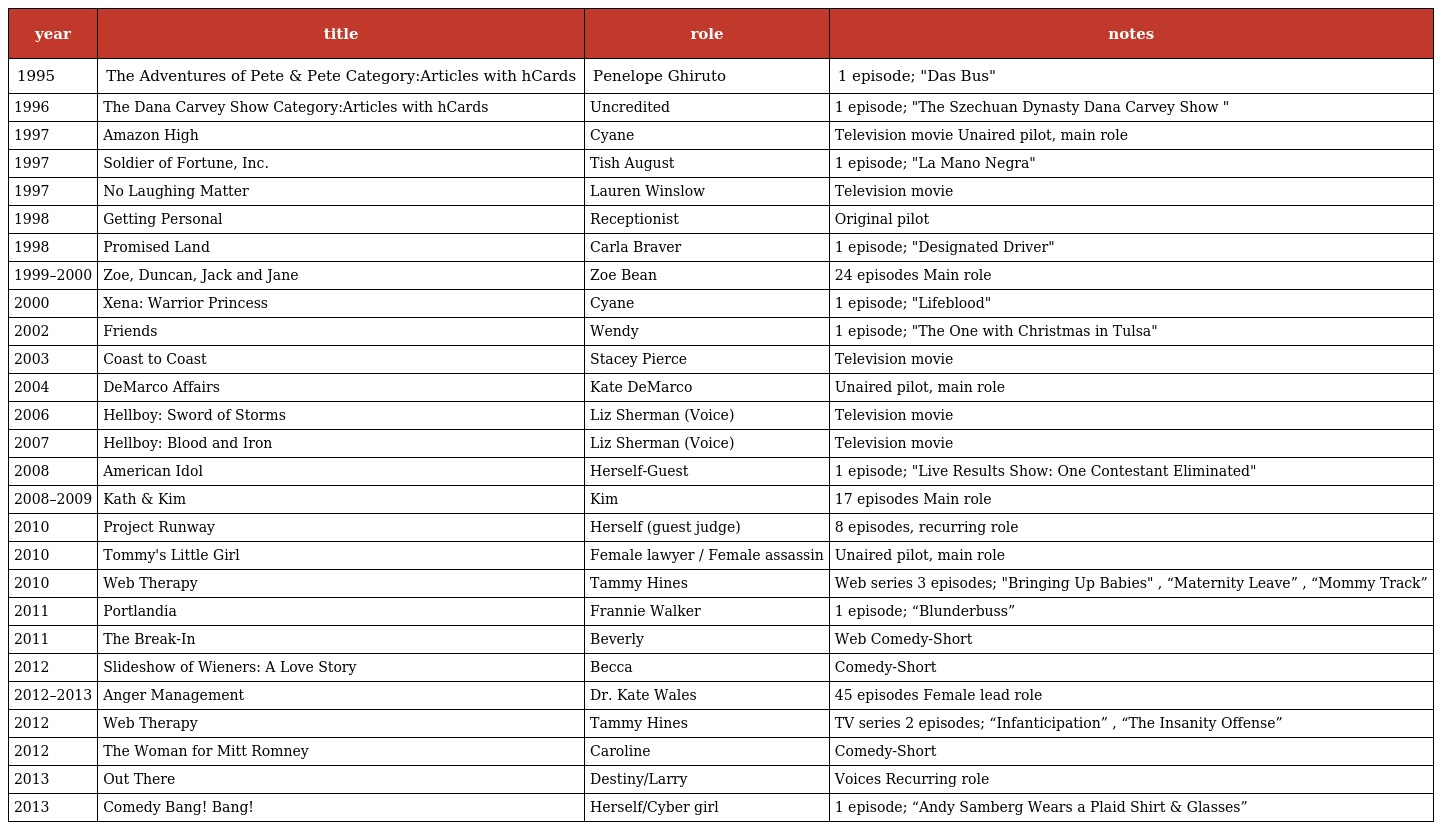
| year | title | role | notes |
 | --- | --- | --- | --- |
 | 1995 | The Adventures of Pete & Pete Category:Articles with hCards | Penelope Ghiruto | 1 episode; "Das Bus" |
 | 1996 | The Dana Carvey Show Category:Articles with hCards | Uncredited | 1 episode; "The Szechuan Dynasty Dana Carvey Show " |
 | 1997 | Amazon High | Cyane | Television movie Unaired pilot, main role |
 | 1997 | Soldier of Fortune, Inc. | Tish August | 1 episode; "La Mano Negra" |
 | 1997 | No Laughing Matter | Lauren Winslow | Television movie |
 | 1998 | Getting Personal | Receptionist | Original pilot |
 | 1998 | Promised Land | Carla Braver | 1 episode; "Designated Driver" |
 | 1999–2000 | Zoe, Duncan, Jack and Jane | Zoe Bean | 24 episodes Main role |
 | 2000 | Xena: Warrior Princess | Cyane | 1 episode; "Lifeblood" |
 | 2002 | Friends | Wendy | 1 episode; "The One with Christmas in Tulsa" |
 | 2003 | Coast to Coast | Stacey Pierce | Television movie |
 | 2004 | DeMarco Affairs | Kate DeMarco | Unaired pilot, main role |
 | 2006 | Hellboy: Sword of Storms | Liz Sherman (Voice) | Television movie |
 | 2007 | Hellboy: Blood and Iron | Liz Sherman (Voice) | Television movie |
 | 2008 | American Idol | Herself-Guest | 1 episode; "Live Results Show: One Contestant Eliminated" |
 | 2008–2009 | Kath & Kim | Kim | 17 episodes Main role |
 | 2010 | Project Runway | Herself (guest judge) | 8 episodes, recurring role |
 | 2010 | Tommy's Little Girl | Female lawyer / Female assassin | Unaired pilot, main role |
 | 2010 | Web Therapy | Tammy Hines | Web series 3 episodes; "Bringing Up Babies" , “Maternity Leave” , “Mommy Track” |
 | 2011 | Portlandia | Frannie Walker | 1 episode; “Blunderbuss” |
 | 2011 | The Break-In | Beverly | Web Comedy-Short |
 | 2012 | Slideshow of Wieners: A Love Story | Becca | Comedy-Short |
 | 2012–2013 | Anger Management | Dr. Kate Wales | 45 episodes Female lead role |
 | 2012 | Web Therapy | Tammy Hines | TV series 2 episodes; “Infanticipation” , “The Insanity Offense” |
 | 2012 | The Woman for Mitt Romney | Caroline | Comedy-Short |
 | 2013 | Out There | Destiny/Larry | Voices Recurring role |
 | 2013 | Comedy Bang! Bang! | Herself/Cyber girl | 1 episode; “Andy Samberg Wears a Plaid Shirt & Glasses” |